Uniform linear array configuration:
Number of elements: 8
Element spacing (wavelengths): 1
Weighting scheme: blackman
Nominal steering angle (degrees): -60
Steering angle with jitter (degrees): -59.538
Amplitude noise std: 0.05
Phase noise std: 0.05

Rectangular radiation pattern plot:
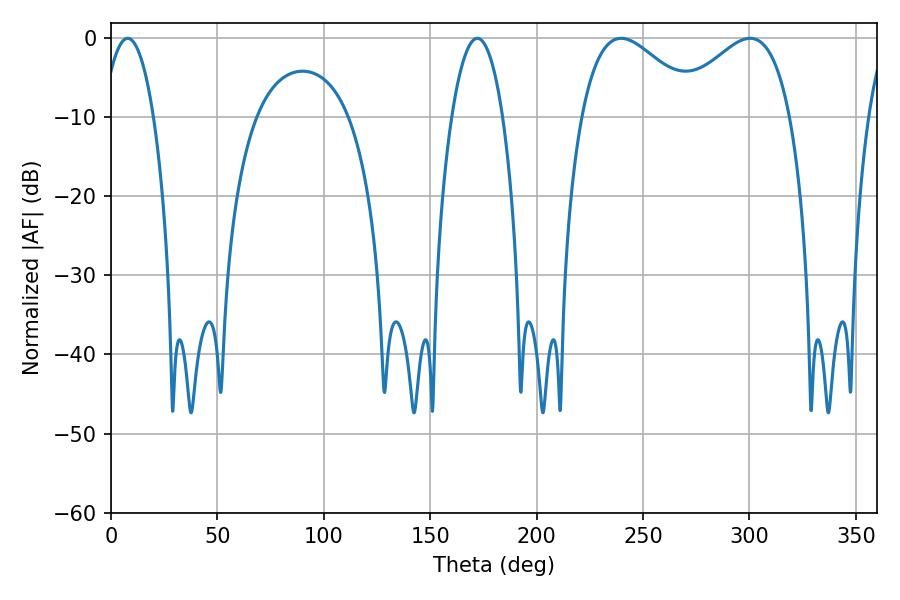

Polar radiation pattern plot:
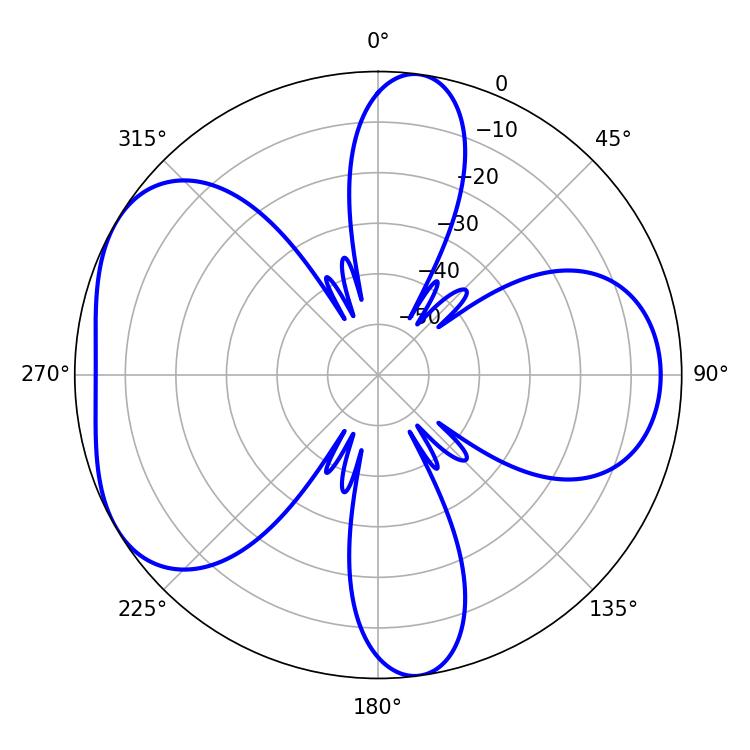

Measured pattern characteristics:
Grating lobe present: TRUE
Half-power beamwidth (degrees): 30.06
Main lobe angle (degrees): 239.76